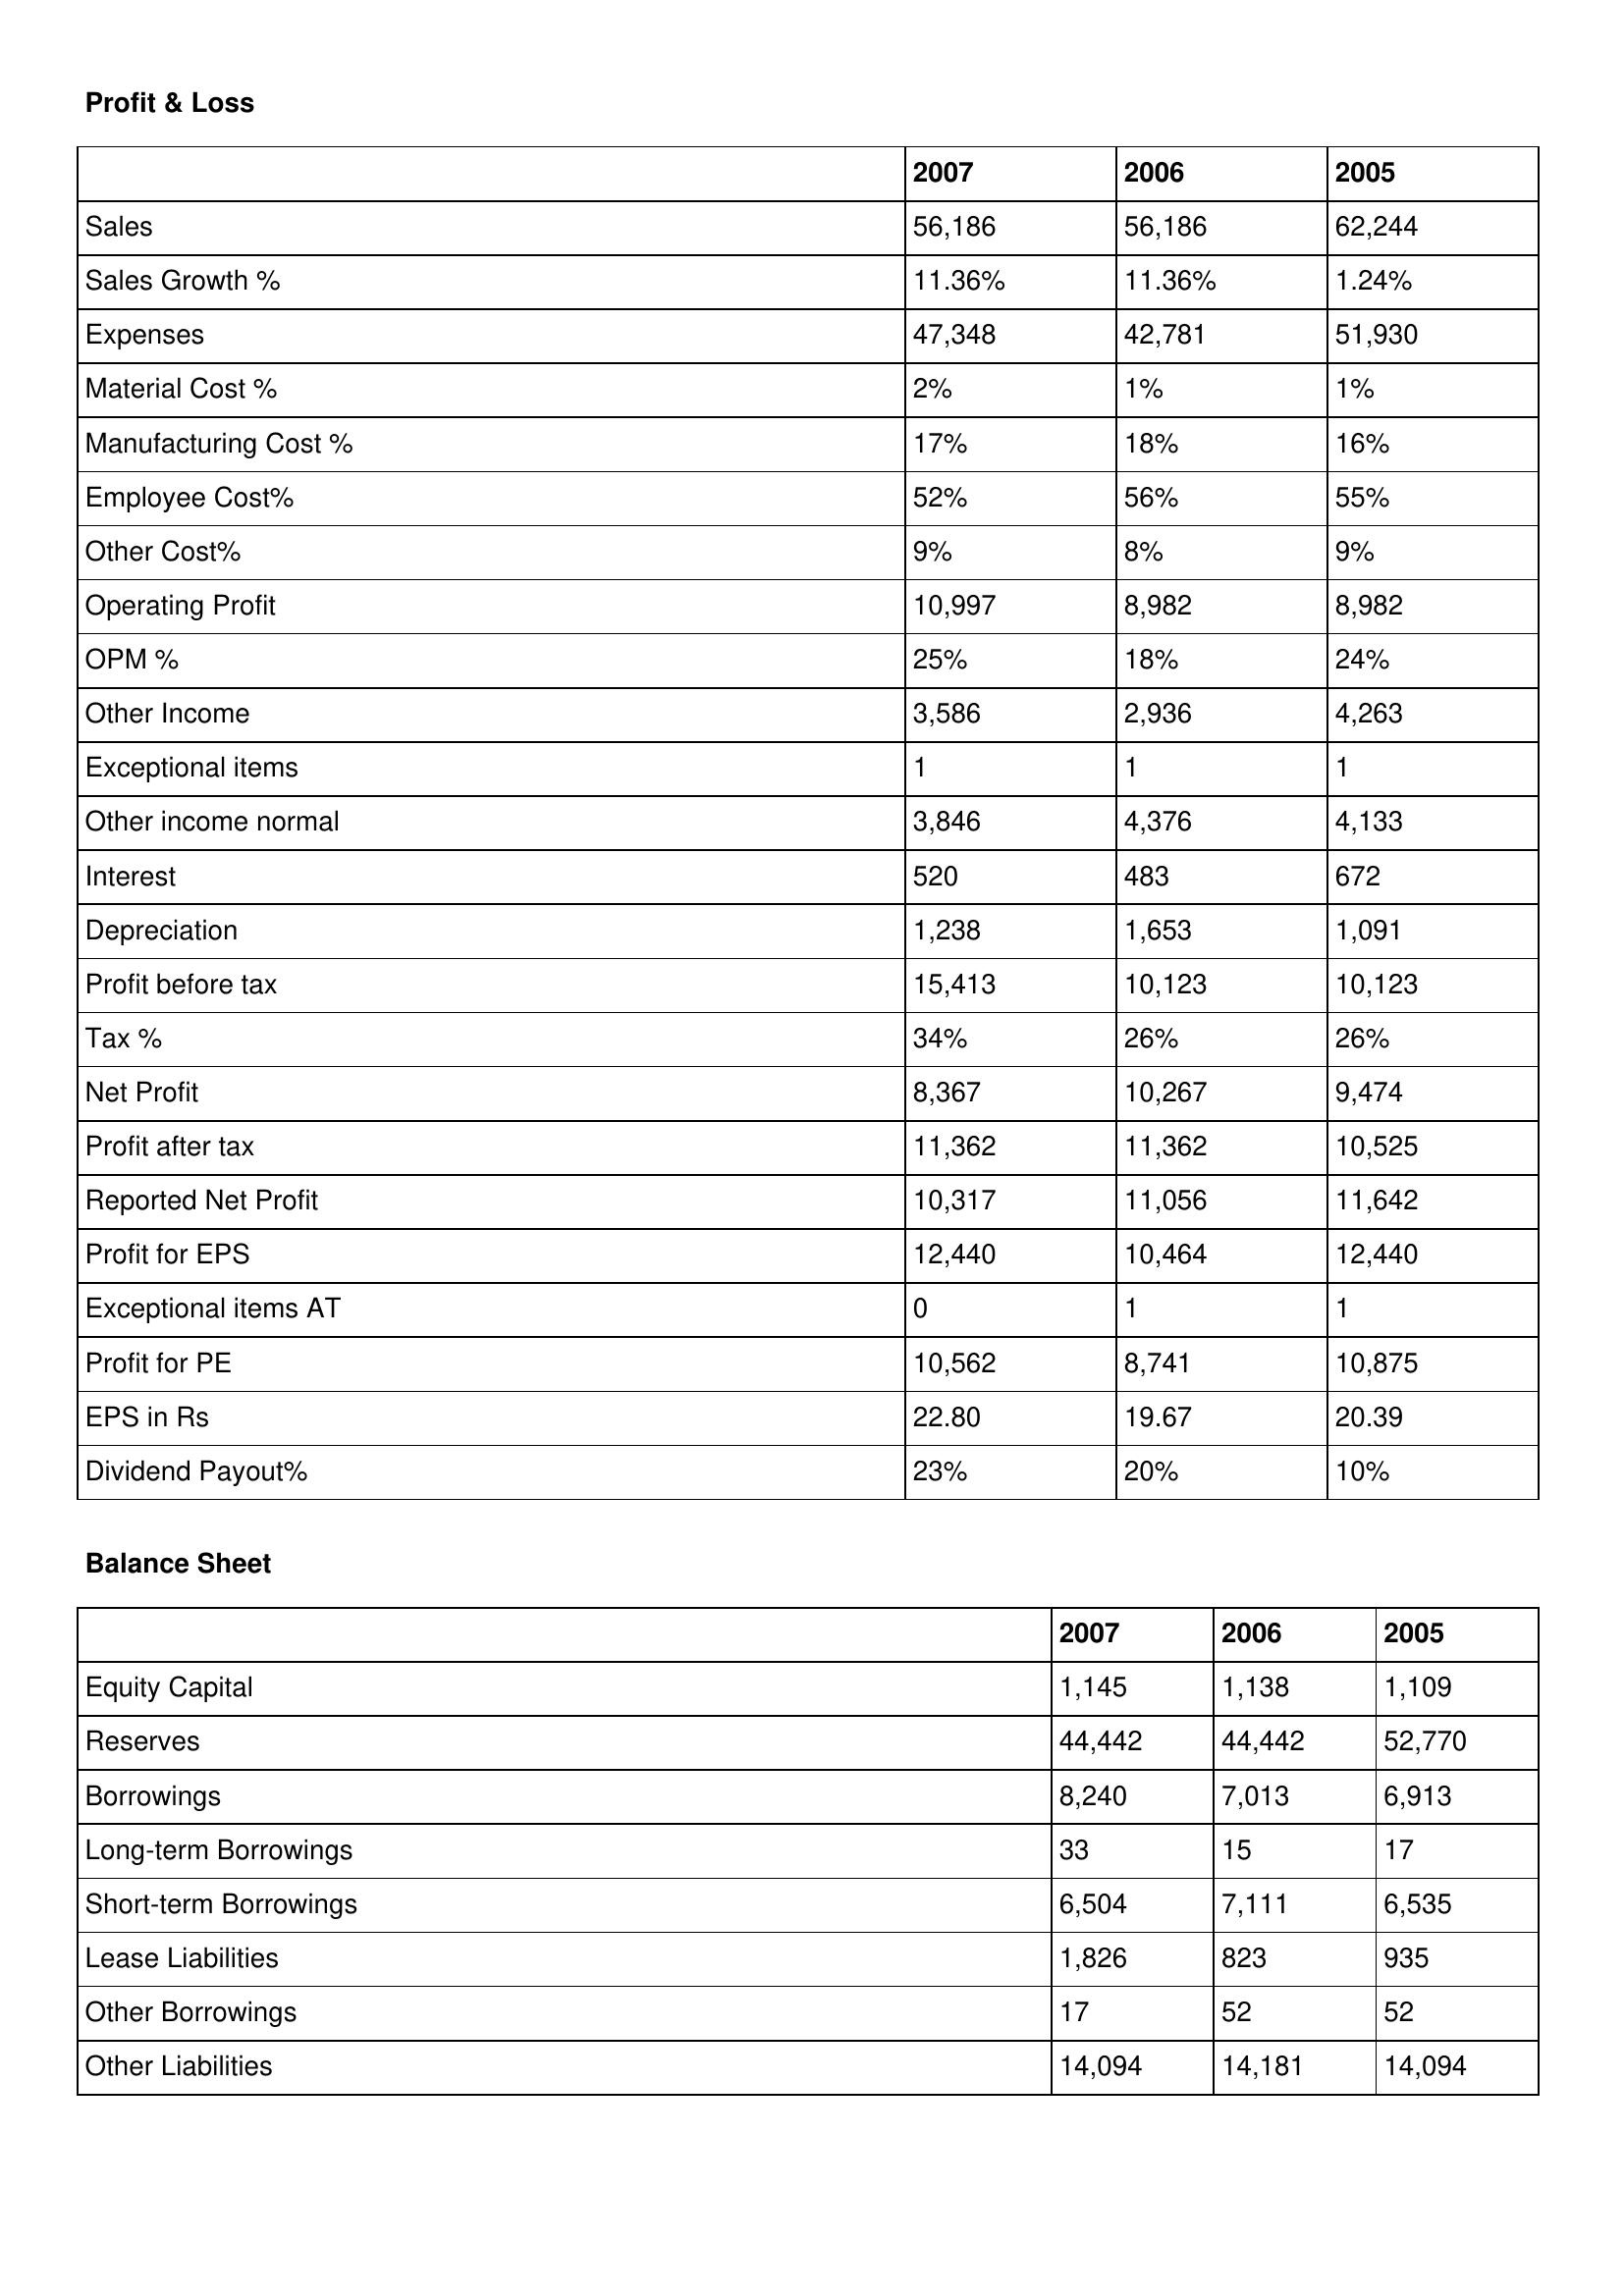
gt_parse: 2007: Profit & Loss: Sales: 56,186
Sales Growth %: 11.36%
Expenses: 47,348
Material Cost %: 2%
Manufacturing Cost %: 17%
Employee Cost%: 52%
Other Cost%: 9%
Operating Profit: 10,997
OPM %: 25%
Other Income: 3,586
Exceptional items: 1
Other income normal: 3,846
Interest: 520
Depreciation: 1,238
Profit before tax: 15,413
Tax %: 34%
Net Profit: 8,367
Profit after tax: 11,362
Reported Net Profit: 10,317
Profit for EPS: 12,440
Exceptional items AT: 0
Profit for PE: 10,562
EPS in Rs: 22.80
Dividend Payout%: 23%
Balance Sheet: Equity Capital: 1,145
Reserves: 44,442
Borrowings: 8,240
Long-term Borrowings: 33
Short-term Borrowings: 6,504
Lease Liabilities: 1,826
Other Borrowings: 17
Other Liabilities: 14,094
2006: Profit & Loss: Sales: 56,186
Sales Growth %: 11.36%
Expenses: 42,781
Material Cost %: 1%
Manufacturing Cost %: 18%
Employee Cost%: 56%
Other Cost%: 8%
Operating Profit: 8,982
OPM %: 18%
Other Income: 2,936
Exceptional items: 1
Other income normal: 4,376
Interest: 483
Depreciation: 1,653
Profit before tax: 10,123
Tax %: 26%
Net Profit: 10,267
Profit after tax: 11,362
Reported Net Profit: 11,056
Profit for EPS: 10,464
Exceptional items AT: 1
Profit for PE: 8,741
EPS in Rs: 19.67
Dividend Payout%: 20%
Balance Sheet: Equity Capital: 1,138
Reserves: 44,442
Borrowings: 7,013
Long-term Borrowings: 15
Short-term Borrowings: 7,111
Lease Liabilities: 823
Other Borrowings: 52
Other Liabilities: 14,181
2005: Profit & Loss: Sales: 62,244
Sales Growth %: 1.24%
Expenses: 51,930
Material Cost %: 1%
Manufacturing Cost %: 16%
Employee Cost%: 55%
Other Cost%: 9%
Operating Profit: 8,982
OPM %: 24%
Other Income: 4,263
Exceptional items: 1
Other income normal: 4,133
Interest: 672
Depreciation: 1,091
Profit before tax: 10,123
Tax %: 26%
Net Profit: 9,474
Profit after tax: 10,525
Reported Net Profit: 11,642
Profit for EPS: 12,440
Exceptional items AT: 1
Profit for PE: 10,875
EPS in Rs: 20.39
Dividend Payout%: 10%
Balance Sheet: Equity Capital: 1,109
Reserves: 52,770
Borrowings: 6,913
Long-term Borrowings: 17
Short-term Borrowings: 6,535
Lease Liabilities: 935
Other Borrowings: 52
Other Liabilities: 14,094